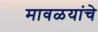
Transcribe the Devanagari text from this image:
मावळयांचे